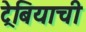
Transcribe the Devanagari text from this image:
ट्रेबियाची